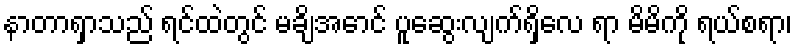
နာတာရှာသည် ရင်ထဲတွင် မချိအောင် ပူဆွေးလျက်ရှိလေ ရာ မိမိကို ရယ်စရာ၊